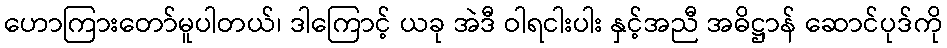
ဟောကြားတော်မူပါတယ်၊ ဒါကြောင့် ယခု အဲဒီ ဝါရငါးပါး နှင့်အညီ အဓိဋ္ဌာန် ဆောင်ပုဒ်ကို